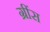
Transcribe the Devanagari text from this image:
ग्रींस